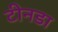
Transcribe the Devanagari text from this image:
टीनडा